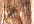
ليدفع